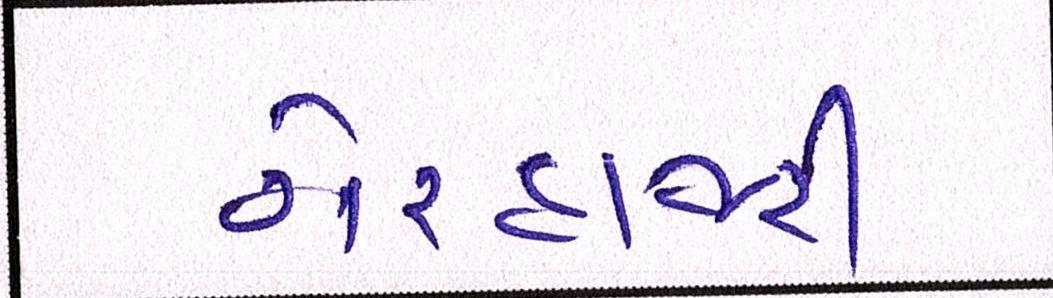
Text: ગેરહાજરી